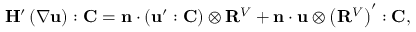
\mathbf { H } ^ { \prime } \left( \nabla \mathbf { u } \right) : \mathbf { C } = \mathbf { n } \cdot \left( \mathbf { u } ^ { \prime } : \mathbf { C } \right) \otimes \mathbf { R } ^ { V } + \mathbf { n } \cdot \mathbf { u } \otimes \left( \mathbf { R } ^ { V } \right) ^ { \prime } : \mathbf { C } ,